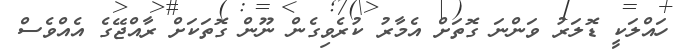
ހައްލަކީ ޑޮލަރު ވަންނަ ގޮތަށް އެމާރު ކުރެވިގެން ނޫން ގޮތަކަށް ރާއްޖޭގެ އެއްވެސް